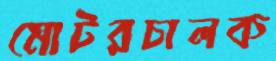
মোটরচালক